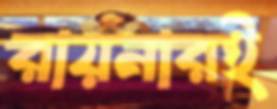
রায়নারই